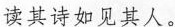
读其诗如见其人。